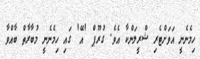
ހިމެނެނީ އަވަށްޓެރި ޝްރީލަންކާ އެވެ. ގުރޫޕް 'އޭ' ގައި ހިމެނެނީ މުބާރާތް ބާއްވާ